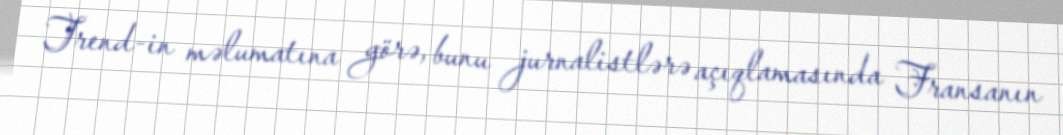
Trend-in məlumatına görə, bunu jurnalistlərə açıqlamasında Fransanın